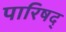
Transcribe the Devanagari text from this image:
पारिषद्